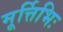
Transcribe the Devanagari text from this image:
मूर्त्तिभिः